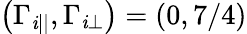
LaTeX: \left(\Gamma_{\mathit{i}||},\Gamma_{\mathit{i}\perp}\right)=\left(0,7/4\right)